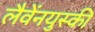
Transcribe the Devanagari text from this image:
लैवेंनयुस्की